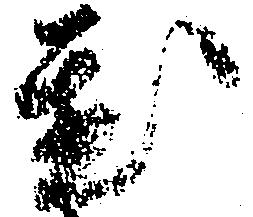
置